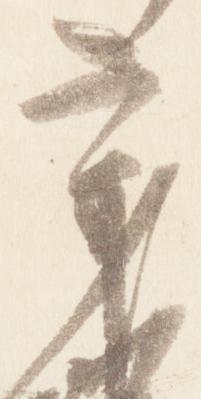
秉